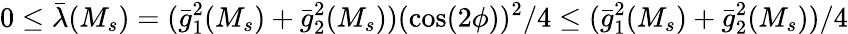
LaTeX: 0\leq\bar{\lambda}(M_{s})=(\bar{g}_{1}^{2}(M_{s})+\bar{g}_{2}^{2}(M_{s}))(\cos(2\phi))^{2}/4\leq(\bar{g}_{1}^{2}(M_{s})+\bar{g}_{2}^{2}(M_{s}))/4